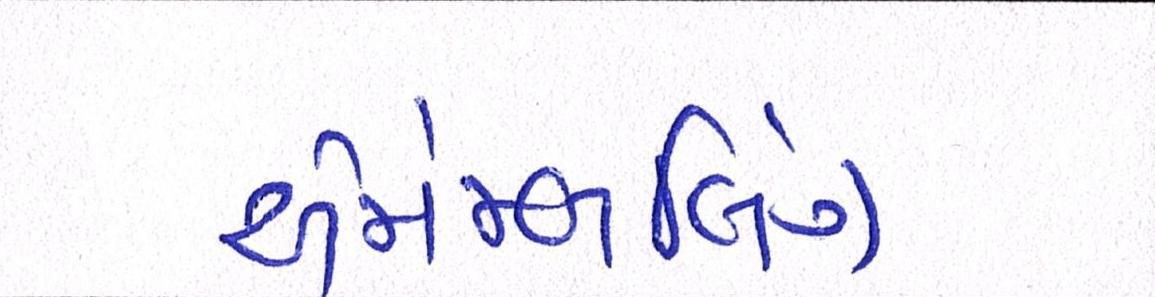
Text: એસેમ્બલિંગ